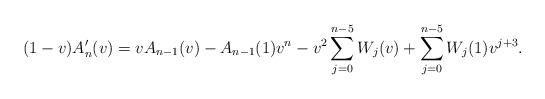
LaTeX: \begin{align*}(1-v)A'_n(v)&=vA_{n-1}(v)-A_{n-1}(1)v^n-v^2\sum_{j=0}^{n-5}W_j(v)+\sum_{j=0}^{n-5}W_j(1)v^{j+3}.\end{align*}